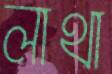
লাথা